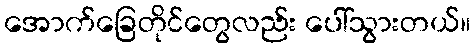
အောက်ခြေတိုင်တွေလည်း ပေါ်သွားတယ်။